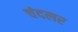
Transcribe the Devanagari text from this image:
चंदलर